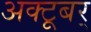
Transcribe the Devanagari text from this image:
अक्टूबर्